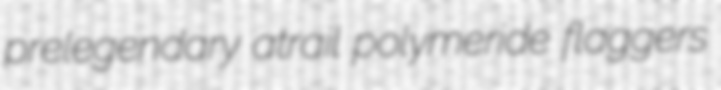
prelegendary atrail polymeride flaggers